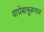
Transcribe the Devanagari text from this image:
वाघेबाभूळगाव